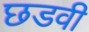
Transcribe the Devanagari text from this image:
छडवी